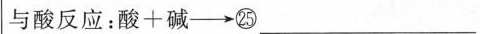
与酸反应：酸+碱\longrightarrow㉕___